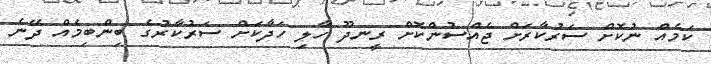
ކަމެއް ނުކޮށް ސަރުކާރަށް ޖެއްސުންކޮށް ރީނދޫ ހާލި ހަދާކަށް ސަރުކާރުގެ ބިންބިމެއް ދޭނެ